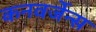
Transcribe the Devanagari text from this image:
कनवर्जेन्स